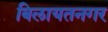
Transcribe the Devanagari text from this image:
बिलायतनगर